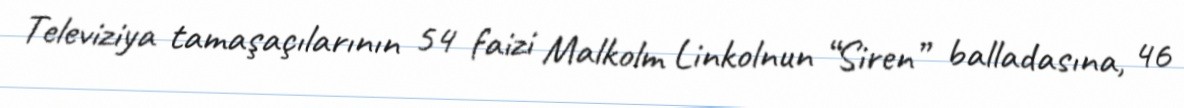
Televiziya tamaşaçılarının 54 faizi Malkolm Linkolnun “Siren” balladasına, 46